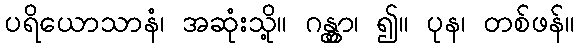
ပရိယောသာနံ၊ အဆုံးသို့။ ဂန္တွာ၊ ၍။ ပုန၊ တစ်ဖန်။